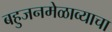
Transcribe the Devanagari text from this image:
बहुजनमेळाव्याचा